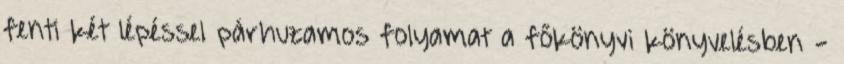
fenti két lépéssel párhuzamos folyamat a főkönyvi könyvelésben -